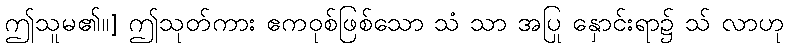
ဤသူမ၏။] ဤသုတ်ကား ဧကဝုစ်ဖြစ်သော သံ သာ အပြု နှောင်းရာ၌ သ် လာဟု